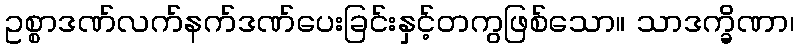
ဥစ္စာဒဏ်လက်နက်ဒဏ်ပေးခြင်းနှင့်တကွဖြစ်သော။ သာဒက္ခိဏာ၊